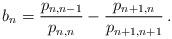
LaTeX: \begin{align*}b_n=\frac{p_{n,n-1}}{p_{n,n}}- \frac{p_{n+1,n}}{p_{n+1,n+1}}\,.\end{align*}